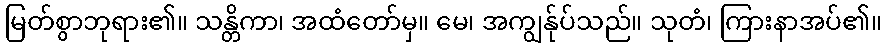
မြတ်စွာဘုရား၏။ သန္တိကာ၊ အထံတော်မှ။ မေ၊ အကျွန်ုပ်သည်။ သုတံ၊ ကြားနာအပ်၏။